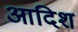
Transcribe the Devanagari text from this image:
आदिश